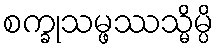
စက္ခုသမ္ဖဿသ္မိမ္ပိ